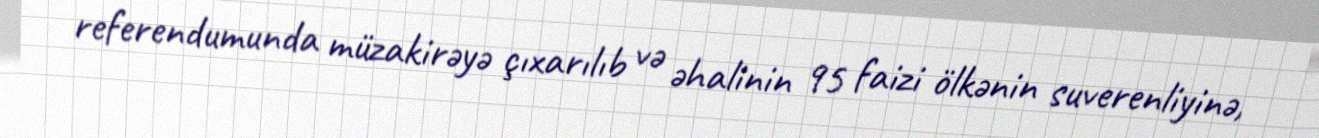
referendumunda müzakirəyə çıxarılıb və əhalinin 95 faizi ölkənin suverenliyinə,